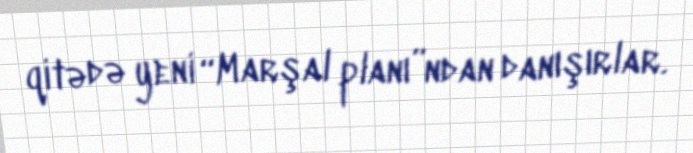
qitədə yeni “Marşal planı”ndan danışırlar.